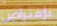
بإفتراض